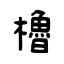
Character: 櫓